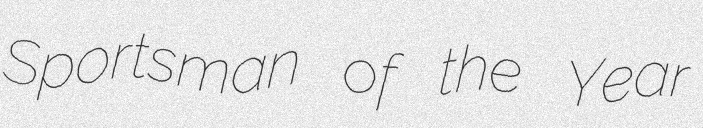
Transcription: Sportsman of the Year